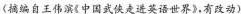
(摘编自王伟滨《中国武侠走进英语世界》，有改动)